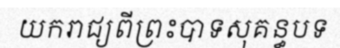
យករាជ្យពីព្រះបាទសុគន្ធបទ